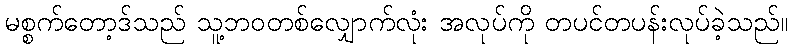
မစ္စက်တော့ဒ်သည် သူ့ဘဝတစ်လျှောက်လုံး အလုပ်ကို တပင်တပန်းလုပ်ခဲ့သည်။